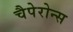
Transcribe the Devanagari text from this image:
चैपेरोन्स